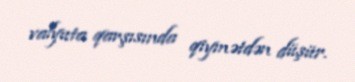
valyuta qarşısında qiymətdən düşür.